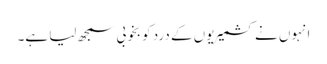
انہوں نے کشمیریوں کے درد کو بخوبی سمجھ لیا ہے۔